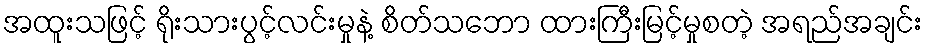
အထူးသဖြင့် ရိုးသားပွင့်လင်းမှုနဲ့ စိတ်သဘော ထားကြီးမြင့်မှုစတဲ့ အရည်အချင်း